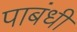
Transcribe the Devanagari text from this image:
पाबंधी